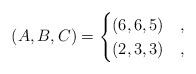
LaTeX: \begin{align*}(A,B,C) = \begin{cases}(6, 6, 5) & , \\(2, 3, 3) & , \end{cases}\end{align*}